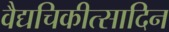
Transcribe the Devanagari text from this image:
वैद्यचिकीत्सादिन